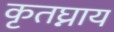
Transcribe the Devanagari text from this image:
कृतघ्नाय